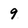
Character: 9